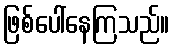
ဖြစ်ပေါ်နေကြသည်။